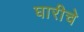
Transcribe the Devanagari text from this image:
घारीचे